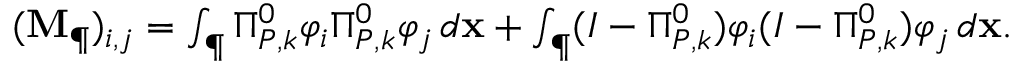
\begin{array} { r } { ( \mathbf { M } _ { \P } ) _ { i , j } = \int _ { \P } \Pi _ { { P } , k } ^ { 0 } \varphi _ { i } \Pi _ { { P } , k } ^ { 0 } \varphi _ { j } \, d \mathbf { x } + \int _ { \P } ( I - \Pi _ { { P } , k } ^ { 0 } ) \varphi _ { i } ( I - \Pi _ { { P } , k } ^ { 0 } ) \varphi _ { j } \, d \mathbf { x } . } \end{array}